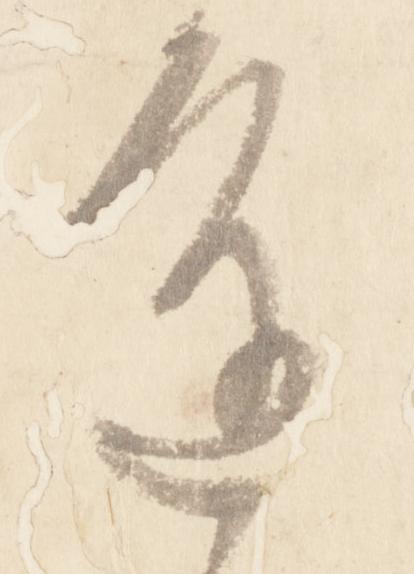
進